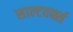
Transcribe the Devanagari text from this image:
साल्टवर्क्स